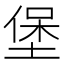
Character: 堡